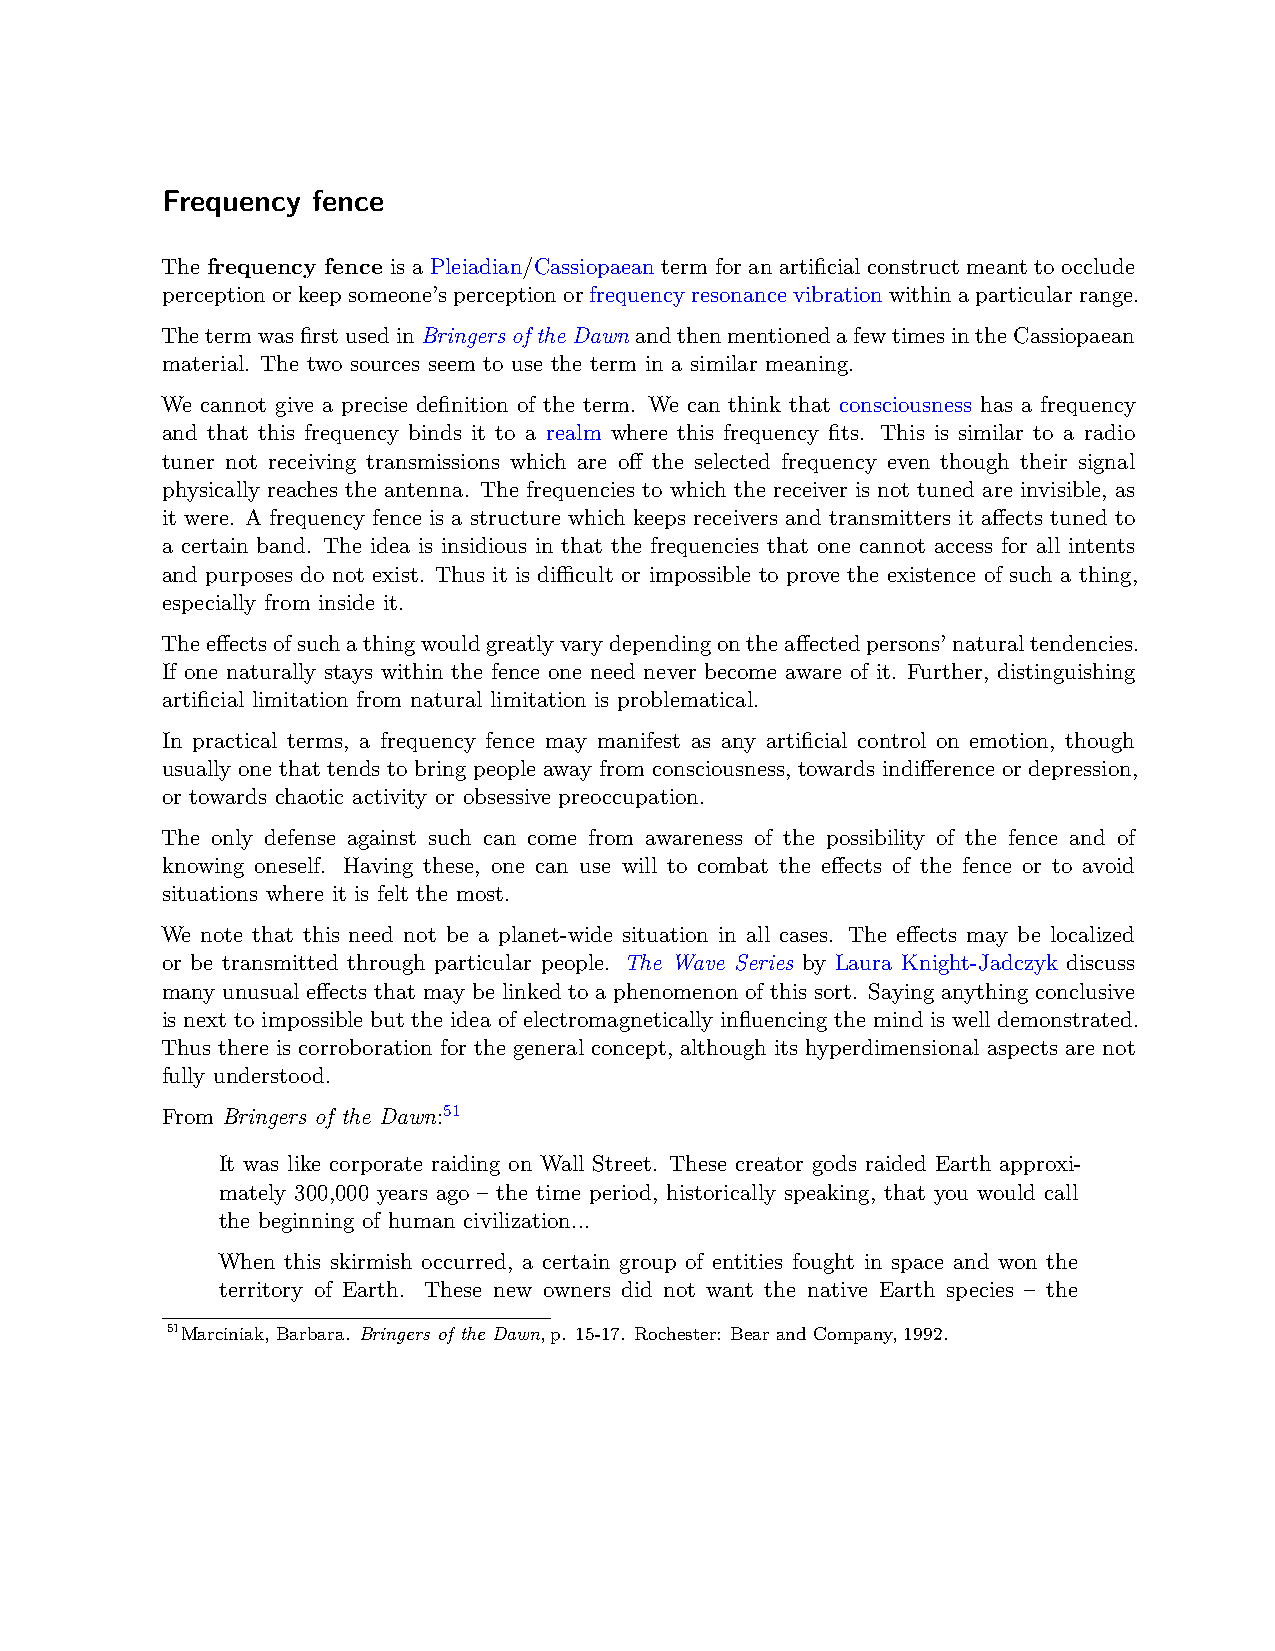
Frequency fence
 The frequency fence is a Pleiadian/Cassiopaean term for an artificial construct meant to occlude
 perceptionorkeepsomeone’sperceptionorfrequencyresonancevibrationwithinaparticularrange.
 ThetermwasfirstusedinBringersoftheDawnandthenmentionedafewtimesintheCassiopaean
 material. The two sources seem to use the term in a similar meaning.
 We cannot give a precise definition of the term. We can think that consciousness has a frequency
 and that this frequency binds it to a realm where this frequency fits. This is similar to a radio
 tuner not receiving transmissions which are off the selected frequency even though their signal
 physically reaches the antenna. The frequencies to which the receiver is not tuned are invisible, as
 it were. A frequency fence is a structure which keeps receivers and transmitters it affects tuned to
 a certain band. The idea is insidious in that the frequencies that one cannot access for all intents
 and purposes do not exist. Thus it is diﬀicult or impossible to prove the existence of such a thing,
 especially from inside it.
 Theeffectsofsuchathingwouldgreatlyvarydependingontheaffectedpersons’naturaltendencies.
 If one naturally stays within the fence one need never become aware of it. Further, distinguishing
 artificial limitation from natural limitation is problematical.
 In practical terms, a frequency fence may manifest as any artificial control on emotion, though
 usually one that tends to bring people away from consciousness, towards indifference or depression,
 or towards chaotic activity or obsessive preoccupation.
 The only defense against such can come from awareness of the possibility of the fence and of
 knowing oneself. Having these, one can use will to combat the effects of the fence or to avoid
 situations where it is felt the most.
 We note that this need not be a planet-wide situation in all cases. The effects may be localized
 or be transmitted through particular people. The Wave Series by Laura Knight-Jadczyk discuss
 many unusual effects that may be linked to a phenomenon of this sort. Saying anything conclusive
 is next to impossible but the idea of electromagnetically influencing the mind is well demonstrated.
 Thus there is corroboration for the general concept, although its hyperdimensional aspects are not
 fully understood.
 From Bringers of the Dawn:51
 It was like corporate raiding on Wall Street. These creator gods raided Earth approxi-
 mately 300,000 years ago – the time period, historically speaking, that you would call
 the beginning of human civilization...
 When this skirmish occurred, a certain group of entities fought in space and won the
 territory of Earth. These new owners did not want the native Earth species – the
 51Marciniak, Barbara. Bringers of the Dawn, p. 15-17. Rochester: Bear and Company, 1992.